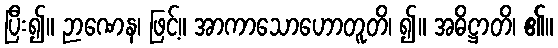
ပြီး၍။ ဉာဏေန၊ ဖြင့်။ အာကာသောဟောတူတိ၊ ၍။ အဓိဋ္ဌာတိ၊ ၏။